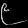
Digit: ၉